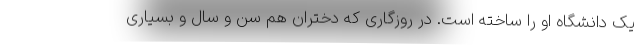
یک دانشگاه او را ساخته است. در روزگاری که دختران هم سن و سال و بسیاری